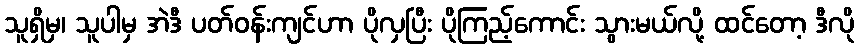
သူရှိမှ၊ သူပါမှ အဲဒီ ပတ်ဝန်းကျင်ဟာ ပိုလှပြီး ပိုကြည့်ကောင်း သွားမယ်လို့ ထင်တော့ ဒီလို